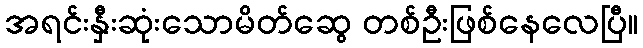
အရင်းနှီးဆုံးသောမိတ်ဆွေ တစ်ဦးဖြစ်နေလေပြီ။